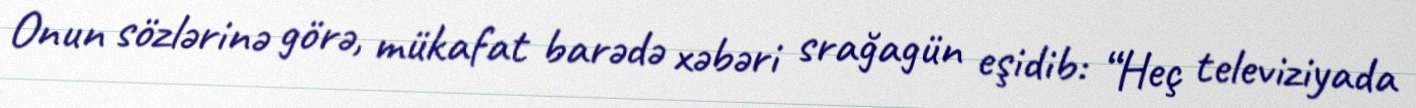
Onun sözlərinə görə, mükafat barədə xəbəri srağagün eşidib: “Heç televiziyada